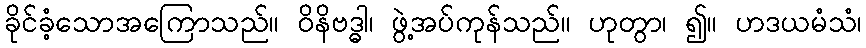
ခိုင်ခံ့သောအကြောသည်။ ဝိနိဗဒ္ဓါ၊ ဖွဲ့အပ်ကုန်သည်။ ဟုတွာ၊ ၍။ ဟဒယမံသံ၊